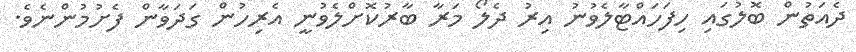
ދެއަތުން ބޮލުގައި ހިފަހައްޓާލެވުނު އިރު ދެލޯ މަރާ ބާރުކޮށްލެވުނީ އެރިހުން ގަދަވާން ފެށުމުންނެވެ.